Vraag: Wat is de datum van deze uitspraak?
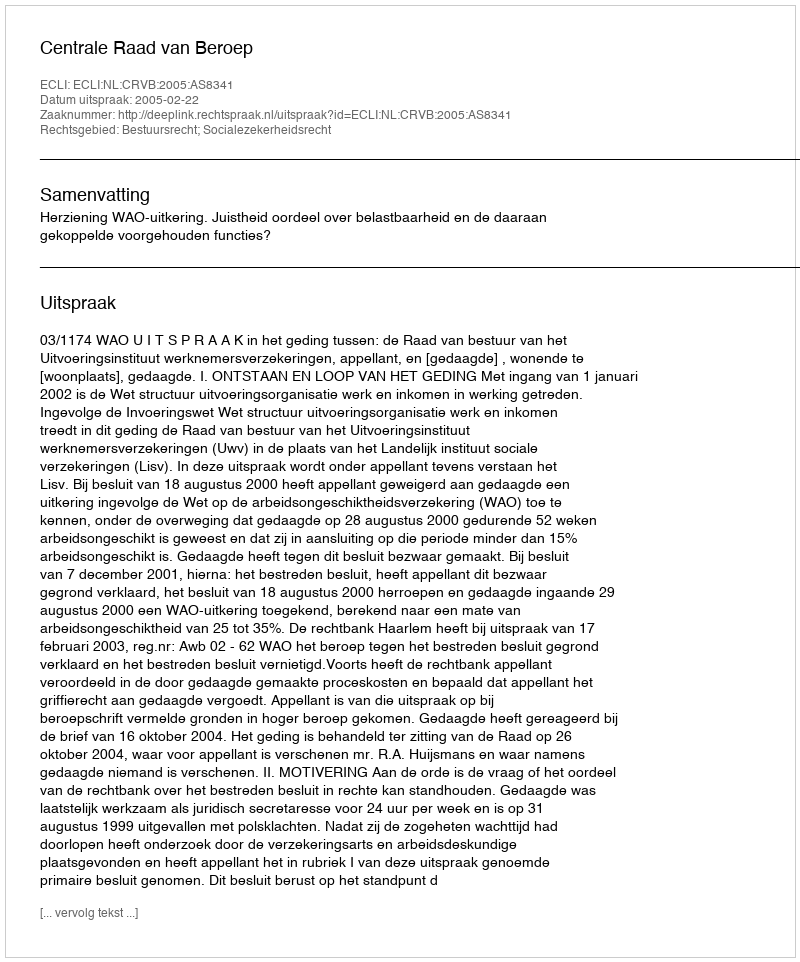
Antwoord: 2005-02-22